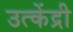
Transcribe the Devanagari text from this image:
उत्केंद्री